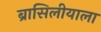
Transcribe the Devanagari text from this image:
ब्रासिलीयाला